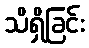
သိရှိခြင်း